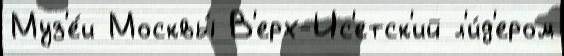
Муз'е́и Москвы́ В'ерх-Ис'етск'ий л'и́д'ером